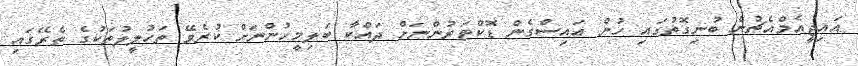
އައިޖީއެމްއެޗުން ބުނިގޮތުގައި ހުން އައިސްގެން ޑޮކްޓަރުންނަށް ދައްކާ ބަލިމީހުންނަށް ކުރެވޭ ތަހުލީލުތަކުގެ ތެރޭގައި